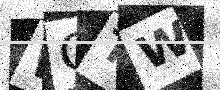
Text: WOTW